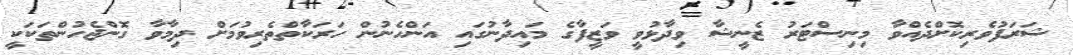
ޝަރަފުވެރިކޮށްދެއްވާ މިނިސްޓަރު ޒެނީޝާ ވިދާޅުވީ ވަޒީފާގެ މައިދާނުގައި އަންހެނުން ހަރަކާތްތެރިވުމަށް ދިމާވާ ގޮންޖެހުންތަކަކީ